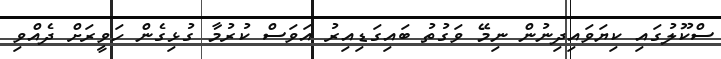
ސްކޫލުގައި ކިޔަވައިދިނުން ނިމޭ ވަގުތު ބައިގަޑިއިރު އަވަސް ކުރުމާ ގުޅިގެން ހަވީރަށް ދެއްވި